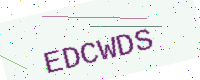
Text: EDCWDS